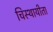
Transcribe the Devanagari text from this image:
चिस्थायीता